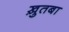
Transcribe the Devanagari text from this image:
ख़ुतबा